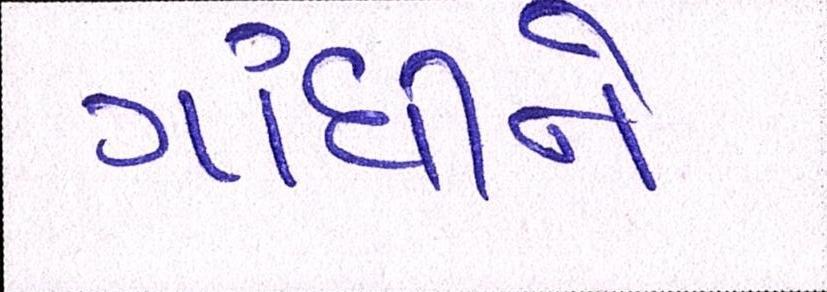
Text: ગાંધીને